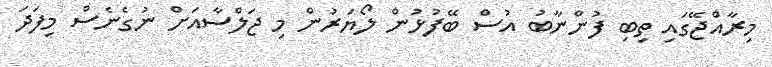
މިރާއްޖޭގައި ތިބި ފުންނާބު އުސް ބޭފުޅުން ލޯޔަރުން މި ޖަލްސާއަށް ނުގެނެސް މިފަދަ